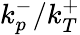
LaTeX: k_{p}^{-}/k_{T}^{+}